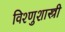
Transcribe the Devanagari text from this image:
विश्णुशास्त्री